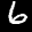
Label: 6